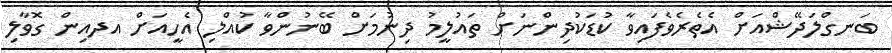
ބަނގްލަދޭޝްއަށް އެތެރެވެފައިވާ ކުޑަކުދިންނަށް ތައުލީމު ދިނުމަށް ބޭނުންވާ ކުއްލި އެހީއަށް އދއިން ގޮވާލި